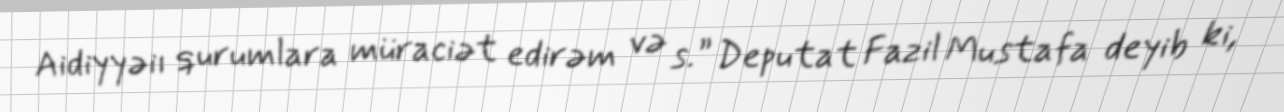
Aidiyyəiı qurumlara müraciət edirəm və s.” Deputat Fazil Mustafa deyib ki,